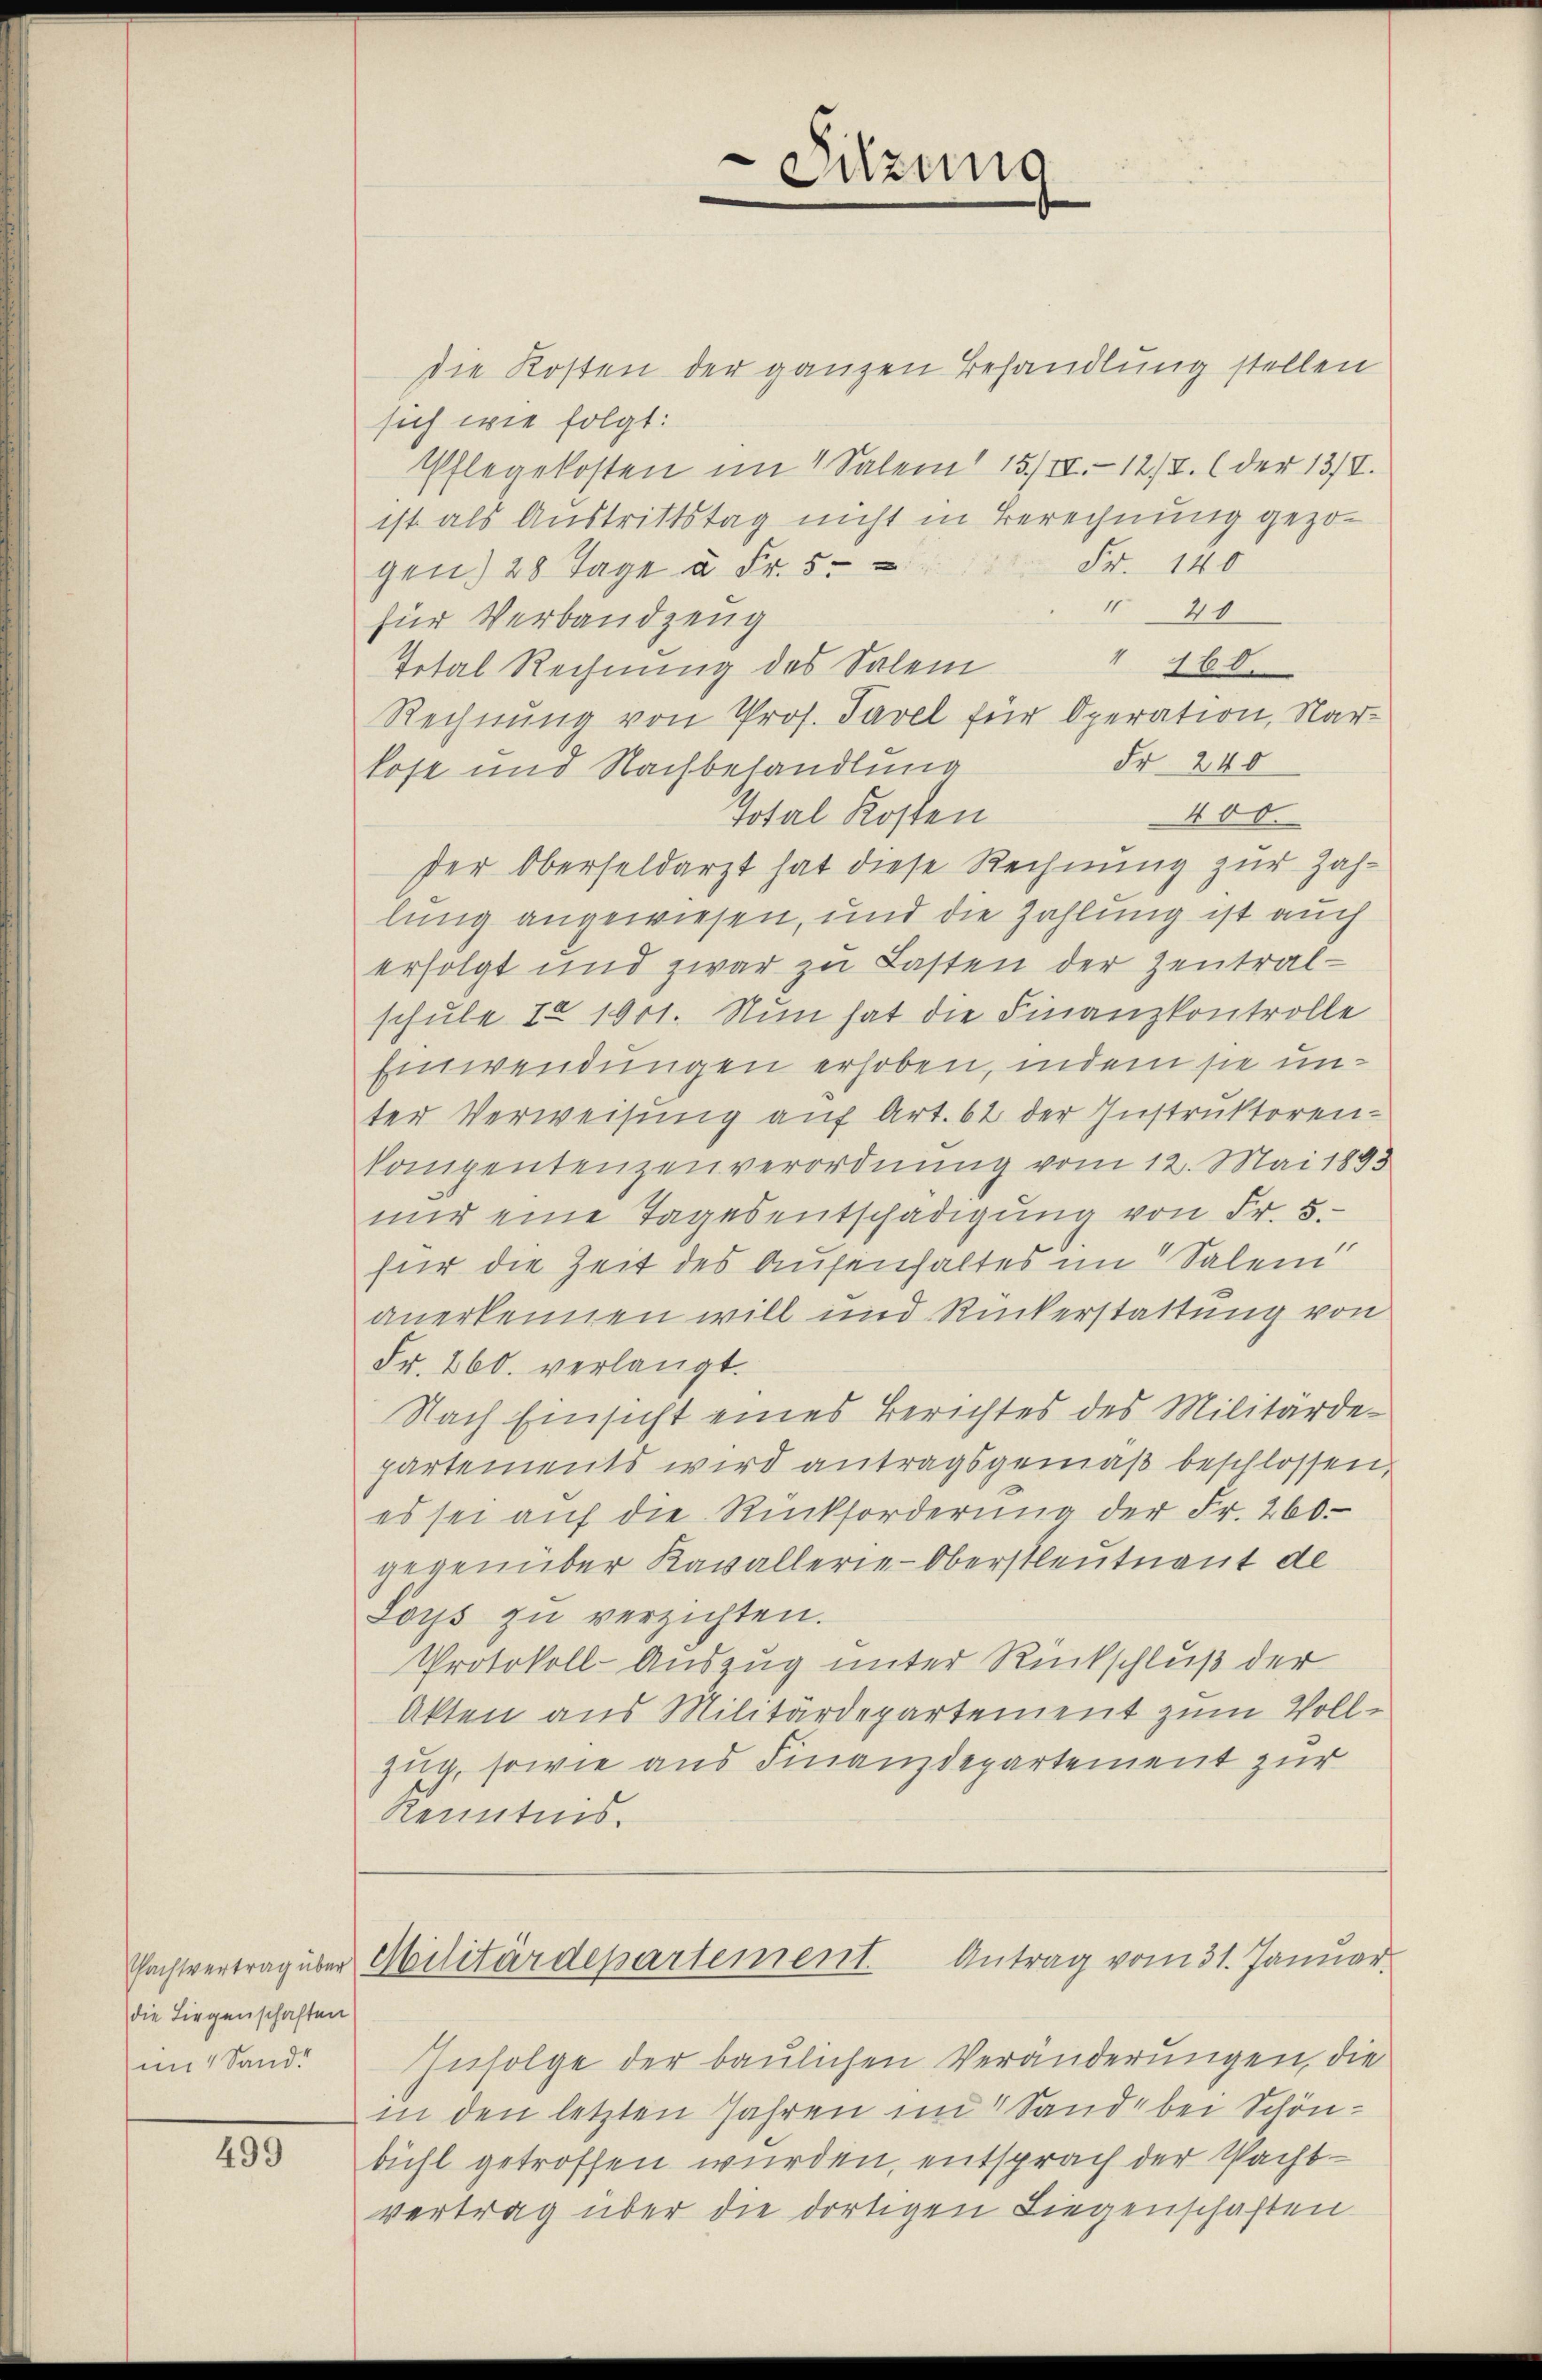
die Liegenschaften
mi Sand

499

die Kosten der ganzen Behandlung stellen
sich wie folgt:
Pflegekosten im 1 Salem 15/II.-12/7. (der 13/V.
ist als Austrittstag nicht in Berechnung gezogen) 28 Tage à Fr. 5. Fr. 140
" 40
für Verbandzeug
" 160.
Total Rechnung des Salem
Rechnung von Prof. Tavel für Operation, Nar¬
Fr 240
kost und Nachbehandlung
400.
Total Kosten
der Oberseldarzt hat diese Rechnung zur Zahlung angewiesen, und die Zahlung ist auch
erfolgt und zwar zu Lasten der Zentralschule 1 1901. Nun hat die Finanzkontrolle
Einwendungen erhoben, indem sie unter Verweisung auf Art. 62 der Instruktorenkompentenzenverordnung vom 12. Mai 1893
nur eine Tagesentschädigung von Fr. 5.
für die Zeit des Aufenhaltes im Salem
anerkennen will und Rückerstattung von
Fr. 260. verlangt.
Nach Einsicht eines Berichtes des Militärdepartements wird antragsgemäß beschlossen,
es sei aŭf die Rückforderung der Fr. 260.
gegenüber Kavallerie-Oberstleutnant de
Loys zŭ verzichten.
Protokoll-Auszug unter Rückschluß der
Akten aus Militärdepartement zum Vollzug, sowie aus Finanzdepartement zur
Kenntnis.

Sitzung

Infolge der baulichen Veränderungen, die
in den letzten Jahren im Sand, bei Schönbühl getroffen wurden, entsprach der Pachtvertrag über die dortigen Liegenschaften

Pachtvertrag über Militärdepartement. Antrag vom 31. Januar.